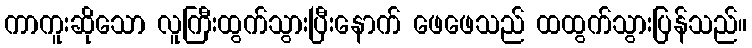
ကာကူးဆိုသော လူကြီးထွက်သွားပြီးနောက် ဖေဖေသည် ထထွက်သွားပြန်သည်။